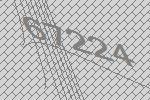
67224